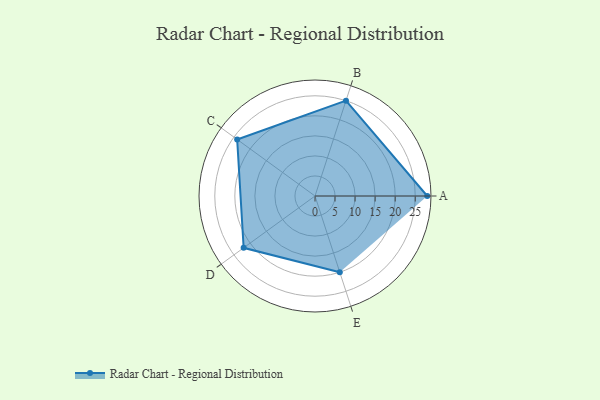
{"axis": {"x": "Skill", "y": "Score"}, "legend": ["Profile"], "data": [{"x": "A", "y": 28.0, "type": "Profile"}, {"x": "B", "y": 25.0, "type": "Profile"}, {"x": "C", "y": 24.0, "type": "Profile"}, {"x": "D", "y": 22.0, "type": "Profile"}, {"x": "E", "y": 20, "type": "Profile"}]}